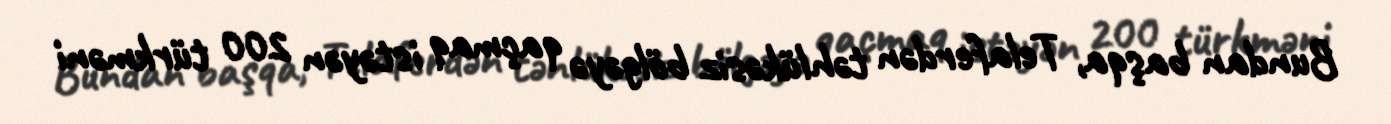
Bundan başqa, Telaferdən təhlükəsiz bölgəyə qaçmaq istəyən 200 türkməni